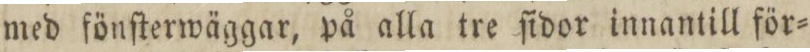
med fönſterwäggar, på alla tre ſidor innantill för=